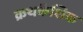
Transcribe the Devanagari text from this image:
क्रथकैशिक